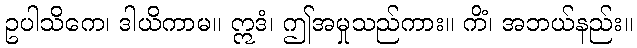
ဥပါသိကေ၊ ဒါယိကာမ။ ဣဒံ၊ ဤအမှုသည်ကား။ ကိံ၊ အဘယ်နည်း။